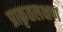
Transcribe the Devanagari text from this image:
प्राकृतलक्षण